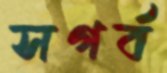
সগর্ব